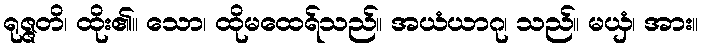
ရုဇ္ဇတိ၊ ထိုး၏။ သော၊ ထိုမထေရ်သည်။ အယံယာဂု၊ သည်။ မယှံ၊ အား။